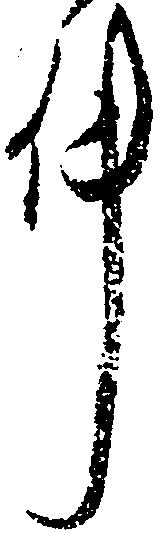
件